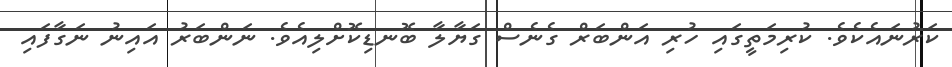
ކަރުނައެކެވެ. ކުރިމަތީގައި ހުރި އަންބަރް ގެނެސް ގަޔާލާ ބޮނޑިކޮށްލިއެވެ. ނަންބަރު އައިނު ނަގާފައި